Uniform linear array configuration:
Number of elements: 4
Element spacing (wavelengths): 1
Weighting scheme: cosine
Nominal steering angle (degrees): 60
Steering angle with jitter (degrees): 58.68
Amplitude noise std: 0.05
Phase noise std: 0.05

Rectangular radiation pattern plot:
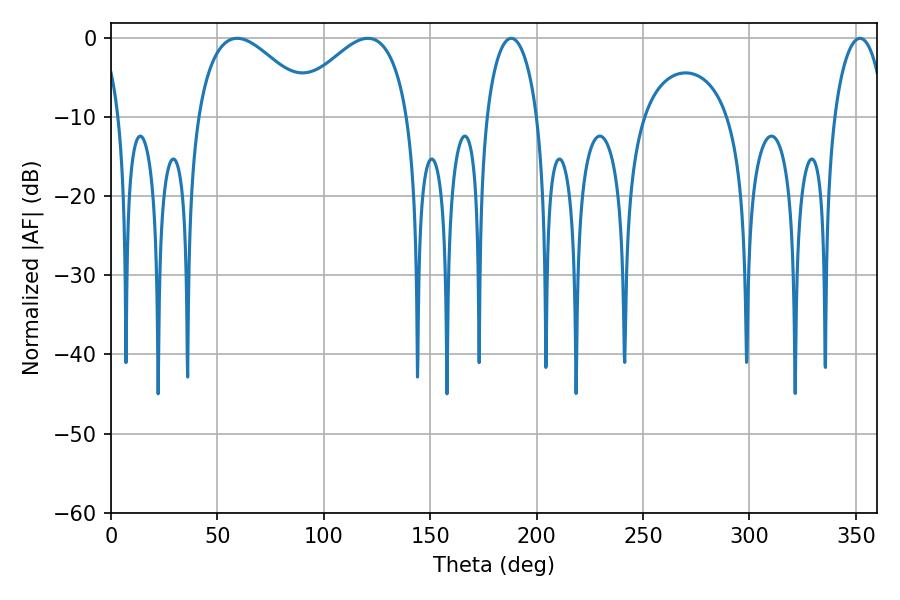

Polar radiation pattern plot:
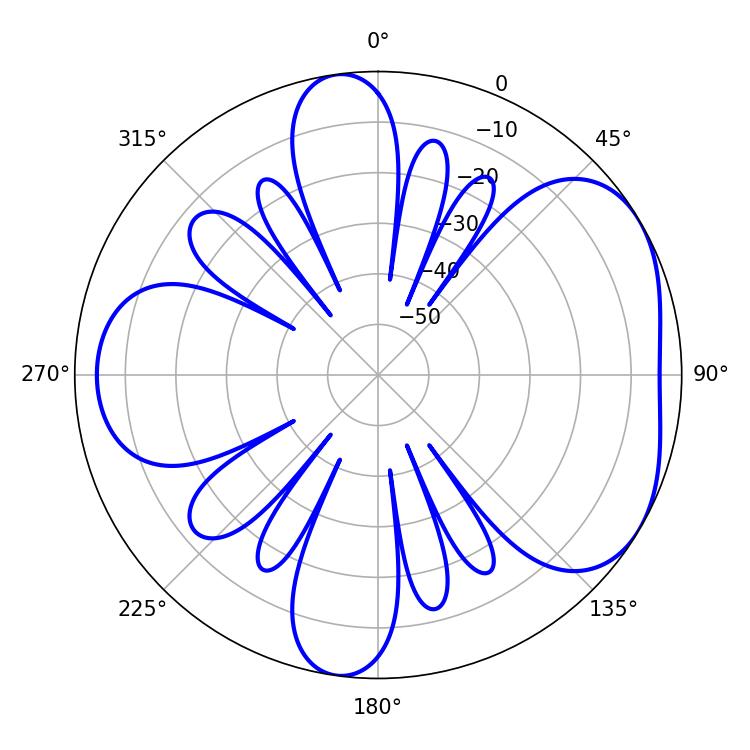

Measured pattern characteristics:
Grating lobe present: TRUE
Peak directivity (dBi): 4.66
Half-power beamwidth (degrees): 30.06
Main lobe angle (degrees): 59.22